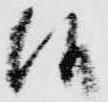
候